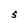
Character: S